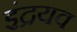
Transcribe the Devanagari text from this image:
इंद्रयव